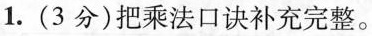
1.(3分)把乘法口诀补充完整。